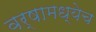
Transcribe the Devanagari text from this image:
वर्षामध्येच